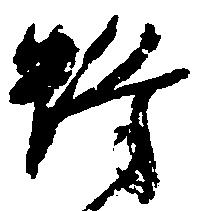
蜂